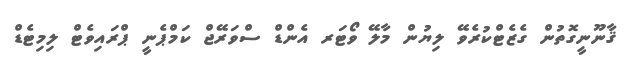
ޤާނޫނީގޮތުން ގެޒެޓްކުރެވޭ ލިޔުން މާލޭ ވޯޓަރ އެންޑް ސްވަރޭޖް ކަމްޕެނީ ޕްރައިވެޓް ލިމިޓެޑް